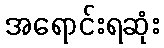
အရောင်းရဆုံး